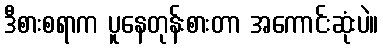
ဒီစားစရာက ပူနေတုန်းစားတာ အကောင်းဆုံးပဲ။